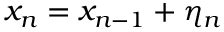
x _ { n } = x _ { n - 1 } + \eta _ { n }